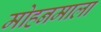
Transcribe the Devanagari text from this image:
मोहनमाला